Distribution and causation of leprosy in British India
Year: 1875
Disease focus: Leprosy
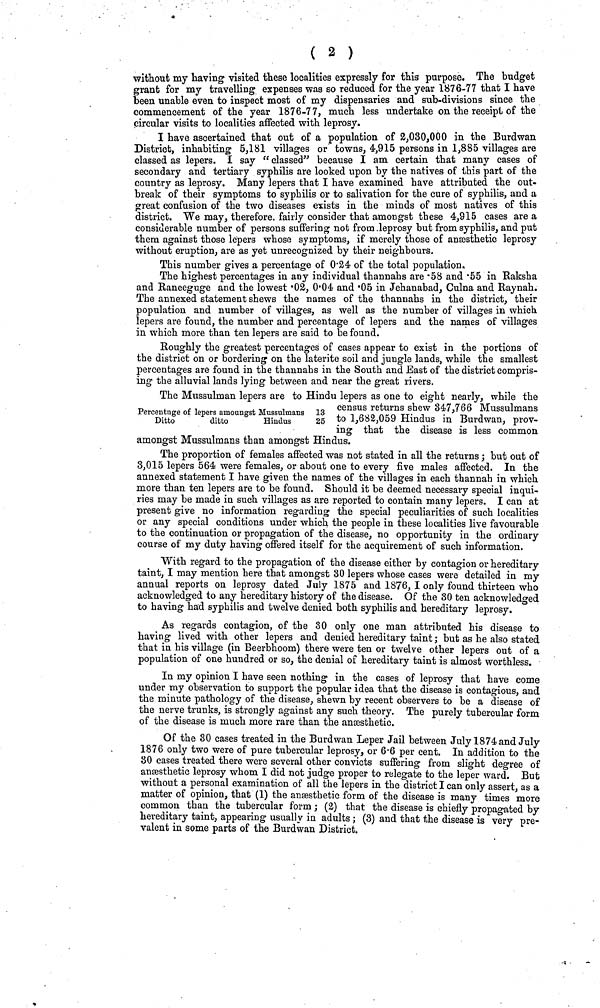
( 2 )
without my having visited these localities expressly for this purpose. The budget
grant for my travelling expenses was so reduced for the year 1876-7? that I have
been unable even to inspect most of my dispensaries and sub-divisions since the
commencement of the year 1876-77, much less undertake on the receipt of the
circular visits to localities affected with leprosy.
I have ascertained that out of a population of 2,030,000 in the Burdwan
District, inhabiting 5,181 villages or towns, 4,915 persons in 1,885 villages are
classed as lepers. I say " classed" because I am certain that many cases of
secondary and tertiary syphilis are looked upon by the natives of this part of the
country as leprosy. Many lepers that I have examined have attributed the out-
break of their symptoms to syphilis or to salivation for the cure of syphilis, and a
great confusion of the two diseases exists in the minds of most natives of this
district. We may, therefore, fairly consider that amongst these 4,915 cases are a
considerable number of persons suffering not from leprosy but from syphilis, and put
them against those lepers whose symptoms, if merely those of anaesthetic leprosy
without eruption, are as yet unrecognized by their neighbours.
This number gives a percentage of 0*24 of the total population.
The highest percentages in any individual thannahs are ·58 and '55 in Raksha
and Raneeguge and the lowest Ό2, ΟΌ4 and Ό5 in Jehanabad, Culna and Raynah.
The annexed statement shews the names of the thannahs in the district, their
population and number of villages, as well as the number of villages in which
lepers are found, the number and percentage of lepers and the names of villages
in which more than ten lepers are said to be found.
Roughly the greatest percentages of cases appear to exist in the portions of
the district on or bordering on the latente soil and jungle lands, while the smallest
percentages are found in the thannahs in the South and East of the district compris-
ing the alluvial lands lying between and near the great rivers.
Percentage of lepers atnoungst Mussulmans
Ditto
ditto
Hindus
13
25
The Mussulman lepers are to Hindu lepers as one to eight nearly, while the
census returns shew 347,766 Mussulmans
to 1,682,059 Hindus in Burdwan, prov-
ing that the disease is less common
amongst Mussulmans than amongst Hindus.
The proportion of females affected was not stated in all the returns ; but out of
3,015 lepers 564 were females, or about one to every five males affected. In the
annexed statement I have given the names of the villages in each thannah in which
more than ten lepers are to be found. Should it be deemed necessary special inqui-
ries may be made in such villages as are reported to contain many lepers. I can at
present give no information regarding the special peculiarities of such localities
or any special conditions under which the people in these localities live favourable
to the continuation or propagation of the disease, no opportunity in the ordinary
course of my duty having offered itself for the acquirement of such information.
With regard to the propagation of the disease either by contagion or hereditary
taint, I may mention here that amongst 30 lepers whose cases were detailed in my
annual reports on leprosy dated July 1875 and 1876, I only found thirteen who
acknowledged to any hereditary history of the disease. Of the 30 ten acknowledged
to having had syphilis and twelve denied both syphilis and hereditary leprosy.
As regards contagion, of the 30 only one man attributed his disease to
having lived with ^other lepers and denied hereditary taint ; but as he also stated
that in his village (in Beerbhoom) there were ten or twelve other lepers out of a
population of one hundred or so, the denial of hereditary taint is almost worthless.
In my opinion I have seen nothing in the cases of leprosy that have come
under my observation to support the popular idea that the disease is contagious, and
the minute pathology of the disease, shewn by recent observers to be a disease of
the nerve trunks, is strongly against any such theory. The purely tubercular form
of the disease is much more rare than the ansesthetic.
Of the 30 cases treated in the Burdwan Leper Jail between July 1874 and July
1876 only two were of pure tubercular leprosy, or 6-6 per cent. In addition to the
30 cases treated there were several other convicts suffering from slight degree of
ansesthetic leprosy whom. I did not judge proper to relegate to the leper ward But
without a personal examination of all the lepers in the district I can only assert, as a
matter of opinion, that (1) the ansesthetic form of the disease is many times more
common than the tubercular form ; (2) that the disease is chiefly propagated by
hereditary taint, appearing usually in adults ; (3) and that the disease is very pre-
valent in some parts of the Burdwan District.